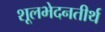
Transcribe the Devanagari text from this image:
शूलभेदनतीर्थ